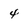
Character: 4